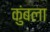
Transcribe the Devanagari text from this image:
कुंबला